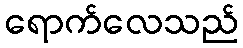
ရောက်လေသည်